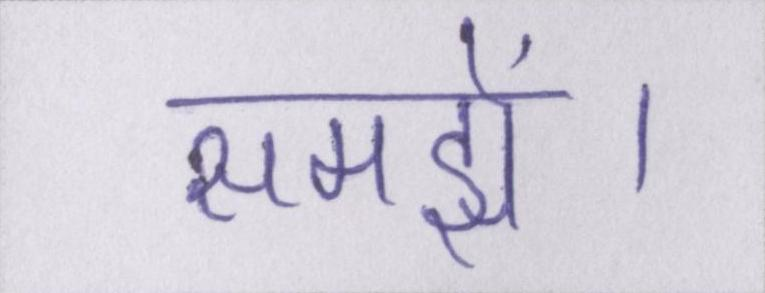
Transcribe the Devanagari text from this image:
समझें।